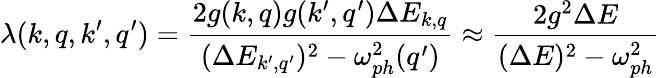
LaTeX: \lambda(k,q,k^{\prime},q^{\prime})=\frac{2g(k,q)g(k^{\prime},q^{\prime})\Delta E_{k,q}}{(\Delta E_{k^{\prime},q^{\prime}})^{2}-\omega_{ph}^{2}(q^{\prime})}\approx\frac{2g^{2}\Delta E}{(\Delta E)^{2}-\omega_{ph}^{2}}